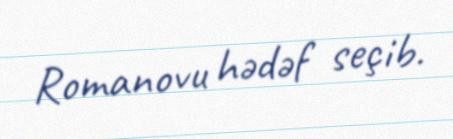
Romanovu hədəf seçib.